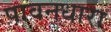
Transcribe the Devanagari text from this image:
पावनधारा